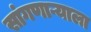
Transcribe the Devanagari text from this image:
सांगणाऱ्याला